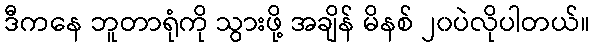
ဒီကနေ ဘူတာရုံကို သွားဖို့ အချိန် မိနစ် ၂၀ပဲလိုပါတယ်။